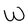
Character: W